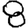
Digit: 8